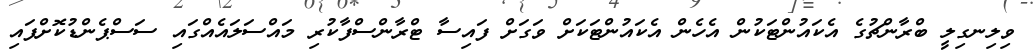
ވިލިނގިލީ ބްރާންޗުގެ އެކައުންޓަކުން އެހެން އެކައުންޓަކަށް ވަގަށް ފައިސާ ޓްރާންސްފާކުރި މައްސަލައެއްގައި ސަސްޕެންޑުކޮށްފައި